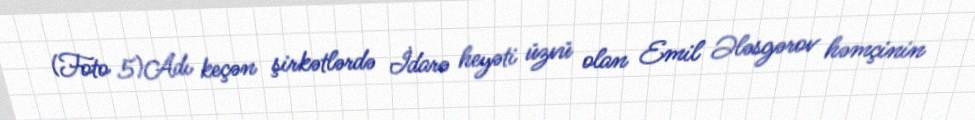
(Foto 5)Adı keçən şirkətlərdə İdarə heyəti üzvü olan Emil Ələsgərov həmçinin